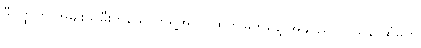
ဒီဝတ္ထုကို အမျိုးသမီးတယောက်ရဲ့အလှ၊ ထက်မြက်မှုနဲ့ အနုပညာ ဝါသနာထုံမှုကို